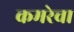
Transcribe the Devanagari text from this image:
कमरेचा